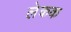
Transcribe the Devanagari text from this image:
लेकक